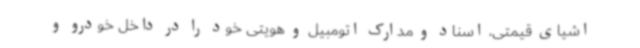
اشیای قیمتی، اسناد و مدارک اتومبیل و هویتی خود را در داخل خودرو و